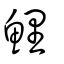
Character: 鯉